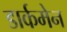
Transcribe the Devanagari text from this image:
डार्कमेन